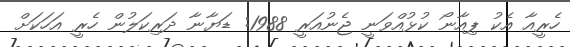
ހެރީއާ އެކު ޕިއާނޯ ކުޅުއްވަނީ ޖެނުއަރީ 1988: ޑަޔާނާ ދަރިކަލުން ހެރީ އަހަކަށް